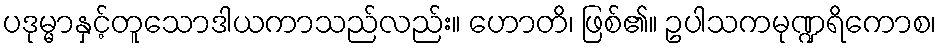
ပဒုမ္မာနှင့်တူသောဒါယကာသည်လည်း။ ဟောတိ၊ ဖြစ်၏။ ဥပါသကမုဏ္ဍရိကောစ၊